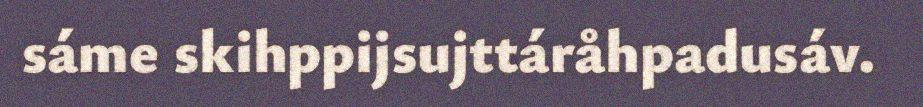
sáme skihppijsujttáråhpadusáv.